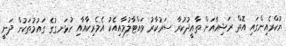
ޔުކްރެއިންގައި އޮތް ރަޝިއާއަށް ތާއީދުކުރާ ސަރުކާރު ވައްޓާލުމާއިއެކު އެމެރިކާއާއި ހުޅަނގުގެ ގައުމުތަކުން ދަނީ